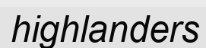
highlanders